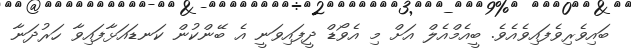
ބައިވެރިވެފައިވެއެވެ. ބީއެމްއެލް އަށް މި އެވޯޑް ދީފައިވަނީ އެ ބޭންކުން ކަނޑައަޅާފައިވާ ހަރުދަނާ